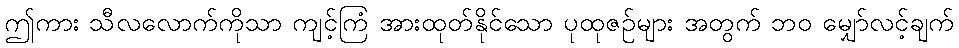
ဤကား သီလလောက်ကိုသာ ကျင့်ကြံ အားထုတ်နိုင်သော ပုထုဇဉ်များ အတွက် ဘဝ မျှော်လင့်ချက်